Haapsalu_Metskond, lk 29
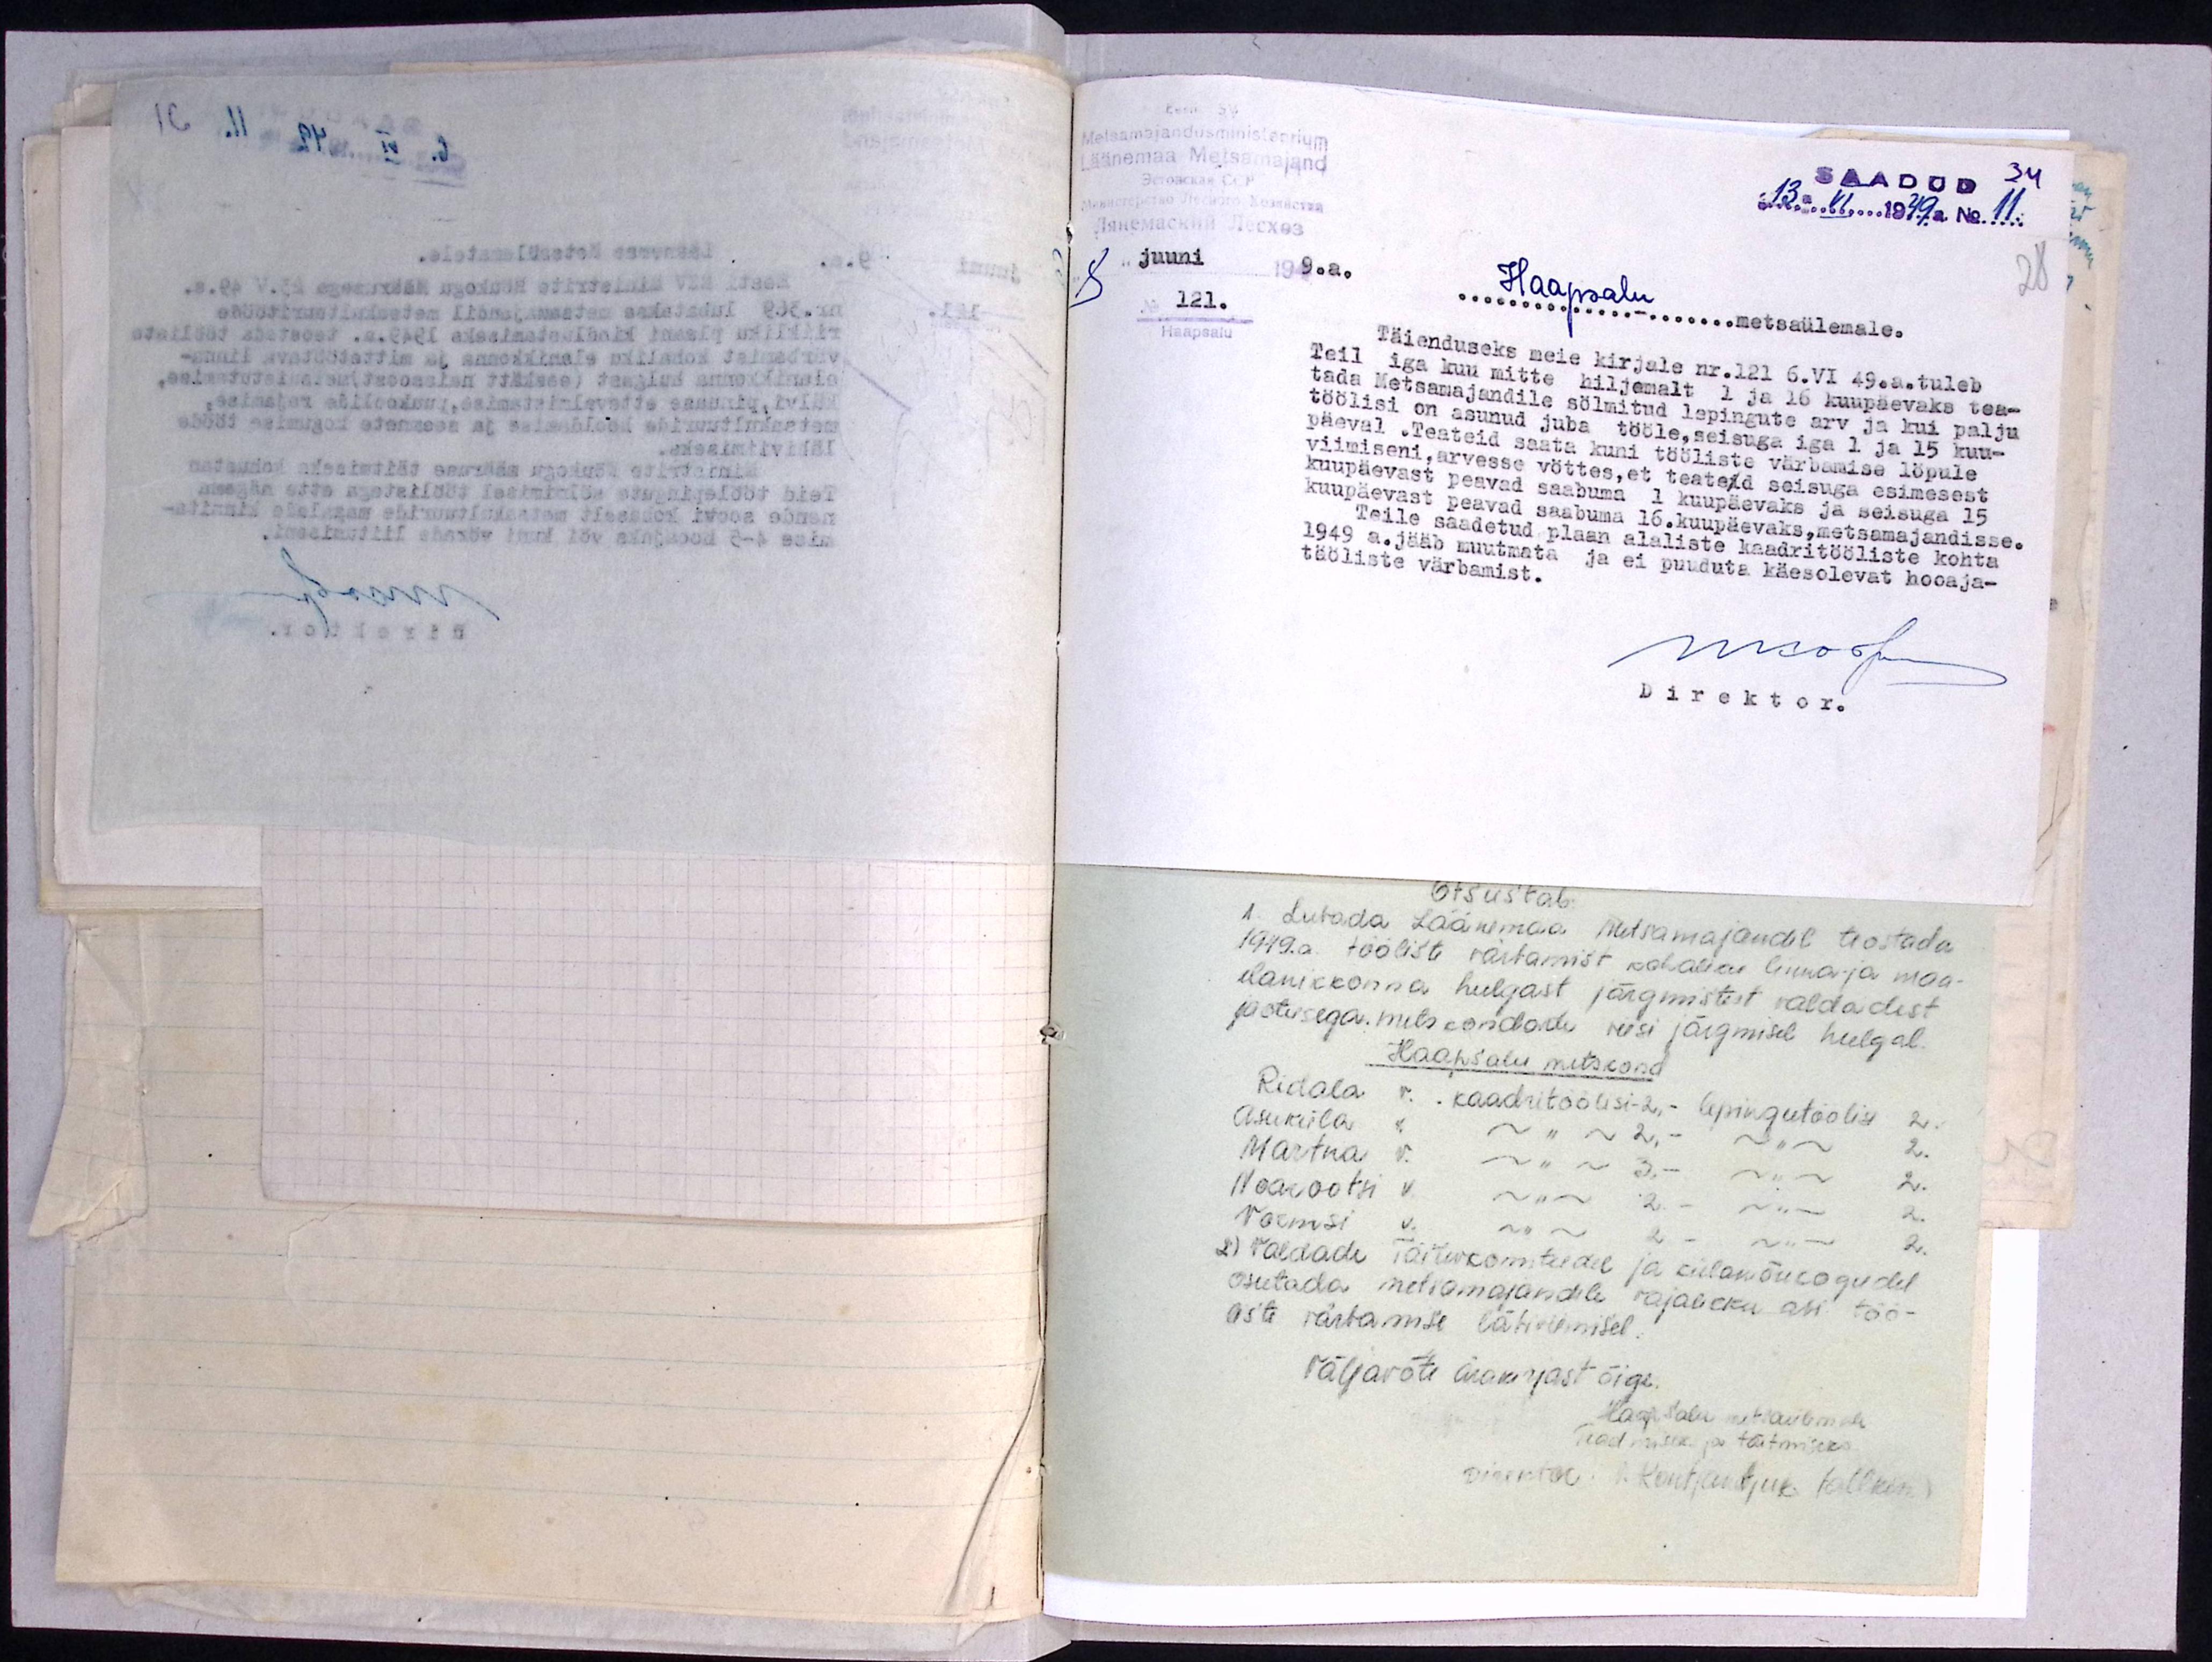
Metsamajandusministeerium
Läänemaa Metsamajand
SAADUD 34
13. VI 1949 a. No 11.
28
"8" juuni 1949.a.
Haapsalu metsaülemale
No 121.
Haapsalu
Täienduseks meie kirjale nr. 121 6.VI 49.a. tuleb
Teil iga kuu mitte hiljemalt 1 ja 16 kuupäevaks tea-
tada Metsamajandile sölmitud lepingute arv ja kui palju
töölisi on asunud juba tööle, seisuga iga 1 ja 15 kuu-
päeval. Teateid saata kuni tööliste värbamise löpule
viimiseni, arvesse vöttes, et teateid seisuga esimesest
kuupäevast peavad saabuma 1 kuupäevaks ja seisuga 15
kuupäevast peavad saabuma 16. kuupäevaks, metsamajandisse.
Teile saadetud plaan alaliste kaadritööliste kohta
1949 a. jääb muutmata ja ei puuduta käesolevat hooaja-
tööliste värbamist.
Direktor.